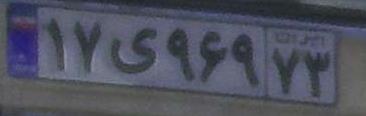
۱۷ی۹۶۹۷۳